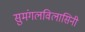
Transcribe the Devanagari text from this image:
सुमंगलविलासिनी